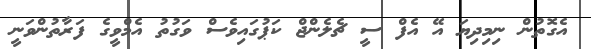
އެގޮތުން ނިމިދިޔަ އޭ އެފް ސީ ޗެލެންޖް ކަޕުގައިވެސް ވަގުތު އެމްވީގެ ފަރާތުންވަނީ